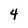
Character: 4